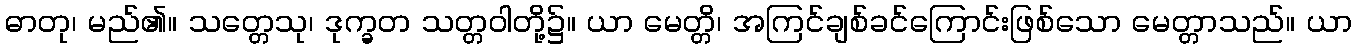
ဓာတု၊ မည်၏။ သတ္တေသု၊ ဒုက္ခတ သတ္တဝါတို့၌။ ယာ မေတ္တိ၊ အကြင်ချစ်ခင်ကြောင်းဖြစ်သော မေတ္တာသည်။ ယာ